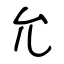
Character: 允